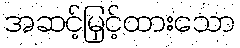
အဆင့်မြှင့်ထားသော